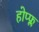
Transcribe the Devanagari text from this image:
होप्फ्ल